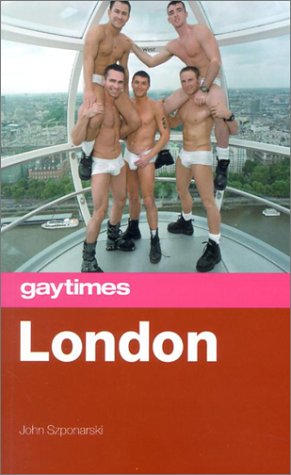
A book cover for Gay Times: London (Gay Times Travel Guides); John Szponarski; Gay & Lesbian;